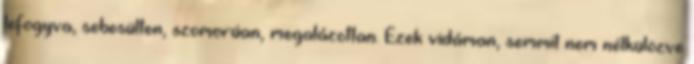
lefogyva, sebesülten, szomorúan, megalázottan. Ezek vidáman, semmit nem nélkülözve